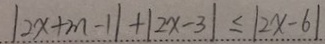
\vert 2 x + m - 1 \vert + \vert 2 x - 3 \vert \leq \vert 2 x - 6 \vert